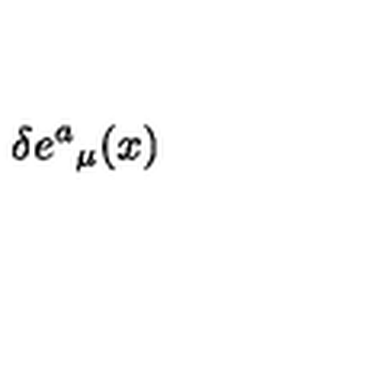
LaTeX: \delta e { ^ a } _ { \mu } ( x )